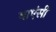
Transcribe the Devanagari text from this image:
धाएंसी